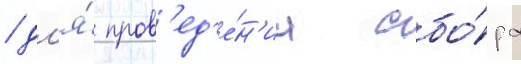
/ дл'я́ пров'ед'е́н'иа сбо́ра